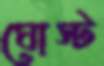
ঘোস্ট